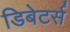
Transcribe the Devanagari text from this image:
डिबेटर्स